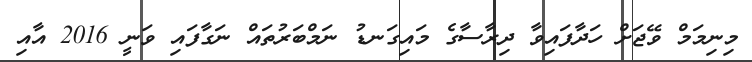
މިނިމަމް ވޭޖަށް ހަދާފައިވާ ދިރާސާގެ މައިގަނޑު ނަމްބަރުތައް ނަގާފައި ވަނީ 2016 އާއި